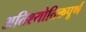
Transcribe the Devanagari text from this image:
अतिश्योतिक्तपूर्ण